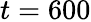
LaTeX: t=600